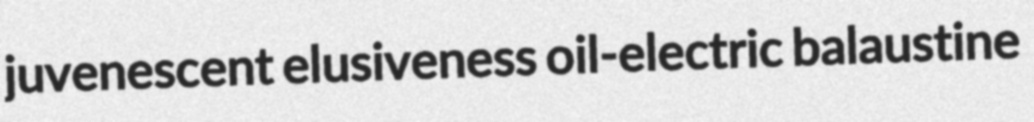
juvenescent elusiveness oil-electric balaustine